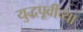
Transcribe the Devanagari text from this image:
युद्धपूर्वीच्या